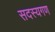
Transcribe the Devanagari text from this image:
सदस्‍यगण